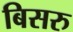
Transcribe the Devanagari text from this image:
बिसरु